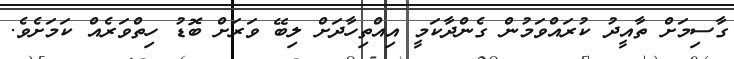
ގާސިމަށް ތާއީދު ކުރައްވަމުން ގެންދާކަމީ އިއްތިހާދަށް ލިބޭ ވަރަށް ބޮޑު ހިތްވަރެއް ކަމަށެވެ.